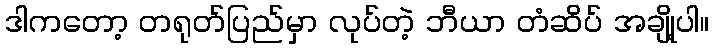
ဒါကတော့ တရုတ်ပြည်မှာ လုပ်တဲ့ ဘီယာ တံဆိပ် အချို့ပါ။